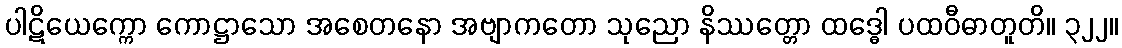
ပါဋိယေက္ကော ကောဋ္ဌာသော အစေတနော အဗျာကတော သုညော နိဿတ္တော ထဒ္ဓေါ ပထဝီဓာတူတိ။ ၃၂၂။